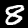
Digit: 8